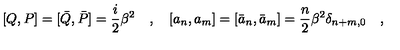
[ Q , P ] = [ \bar { Q } , \bar { P } ] = \frac { i } { 2 } \beta ^ { 2 } \quad , \quad [ a _ { n } , a _ { m } ] = [ \bar { a } _ { n } , \bar { a } _ { m } ] = \frac { n } { 2 } \beta ^ { 2 } \delta _ { n + m , 0 } \quad ,